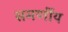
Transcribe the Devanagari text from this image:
समर्णीय